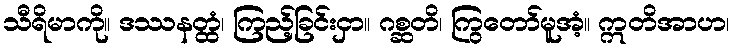
သီရိမာကို။ ဒဿနတ္ထံ၊ ကြည့်ခြင်းငှာ။ ဂစ္ဆတိ၊ ကြွတော်မူအံ့။ ဣတိအာဟ၊